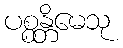
ပစ္စန္တိမေသု